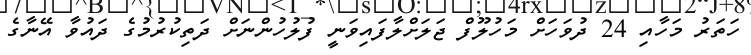
ހަތަރު މަހާއި 24 ދުވަހަށް މަހުލޫފް ޖަލަށްލާފައިވަނީ ފުލުހުންނަށް ދަތިކުރުމުގެ ދައުވާ އޭނާގެ